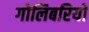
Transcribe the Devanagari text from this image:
गोलिबरियों